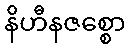
နိဟီနဇစ္စော